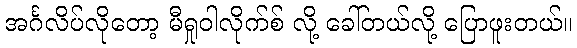
အင်္ဂလိပ်လိုတော့ မီရှုဝါလိုက်စ် လို့ ခေါ်တယ်လို့ ပြောဖူးတယ်။